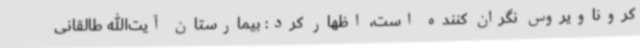
کروناویروس نگران کننده است، اظهار کرد: بیمارستان آیت‌الله طالقانی